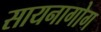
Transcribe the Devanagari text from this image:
सायनागोग